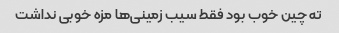
ته چین خوب بود فقط سیب زمینی‌ها مزه خوبی نداشت